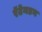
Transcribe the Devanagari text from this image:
रॅटेनडन